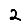
Digit: 2